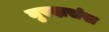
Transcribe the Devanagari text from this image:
मुरदासंख